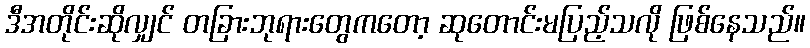
ဒီအတိုင်းဆိုလျှင် တခြားဘုရားတွေကတော့ ဆုတောင်းမပြည့်သလို ဖြစ်နေသည်။